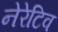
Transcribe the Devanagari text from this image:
नेरेटिव